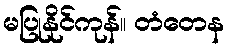
မပြုနိုင်ကုန်။ တံတေန